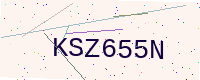
Text: KSZ655N